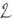
Text: 2